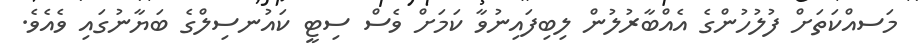
މަަސއްކަތަށް ފުލުހުންގެ އެއްބާރުލުން ލިބިފައިނުވާ ކަމަށް ވެސް ސިޓީ ކައުނސިލްގެ ބަޔާނުގައި ވެއެވެ.